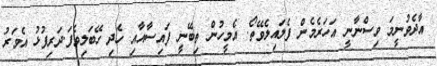
އާދެވުނީމަ ވިސްނާނީ އަހަރެމެން ފެލައިލެވޭތޯ. އެމީހުން ތިބޭނީ ފައިސާއާއި ހެދި ހޭބަލިވެފަ.ދަރިފުޅު އެވަރު